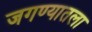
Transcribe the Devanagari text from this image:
जगण्यातला